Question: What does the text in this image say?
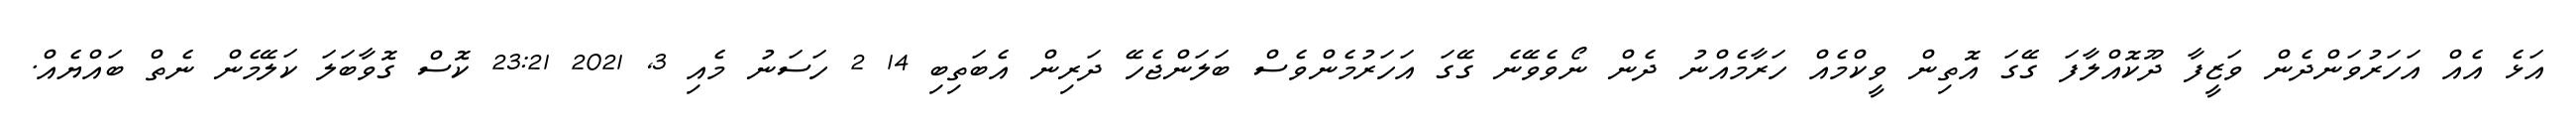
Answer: އަޅެ އެއް އަހަރުވަންދެން ވަޒީފާ ދޫކޮއްލާފަ ގޭގަ އޮތިން ވީކްމެއް ހަރާމެއްނު ދެން ނޯވެވޭނެ ގޭގަ އަހަރުމެންވެސް ބަލަންޖެހޭ ދަރިން އެބަތިބި 14 2 ހަސަނު މެއި 3, 2021 23:21 ކޮސް ގޮވާބަލަ ކަލޭމެން ނެތް ބައްޔެއް.